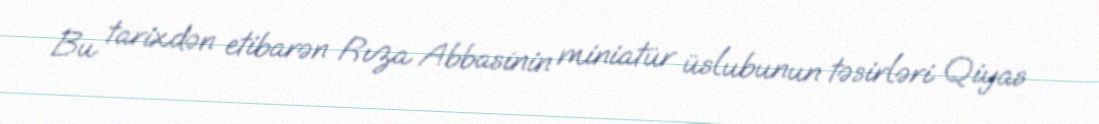
Bu tarixdən etibarən Rıza Abbasinin miniatür üslubunun təsirləri Qiyas